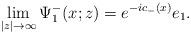
LaTeX: \begin{align*}\lim_{|z|\rightarrow\infty}\Psi^-_1(x;z)=e^{-ic_-(x)}e_1. \end{align*}